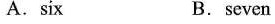
A. six B. seven